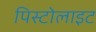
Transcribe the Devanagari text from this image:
पिस्टोलाइट